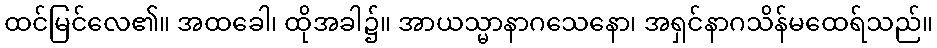
ထင်မြင်လေ၏။ အထခေါ၊ ထိုအခါ၌။ အာယသ္မာနာဂသေနော၊ အရှင်နာဂသိန်မထေရ်သည်။